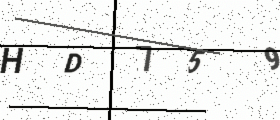
Text: HD759